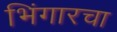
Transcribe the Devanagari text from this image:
भिंगारचा